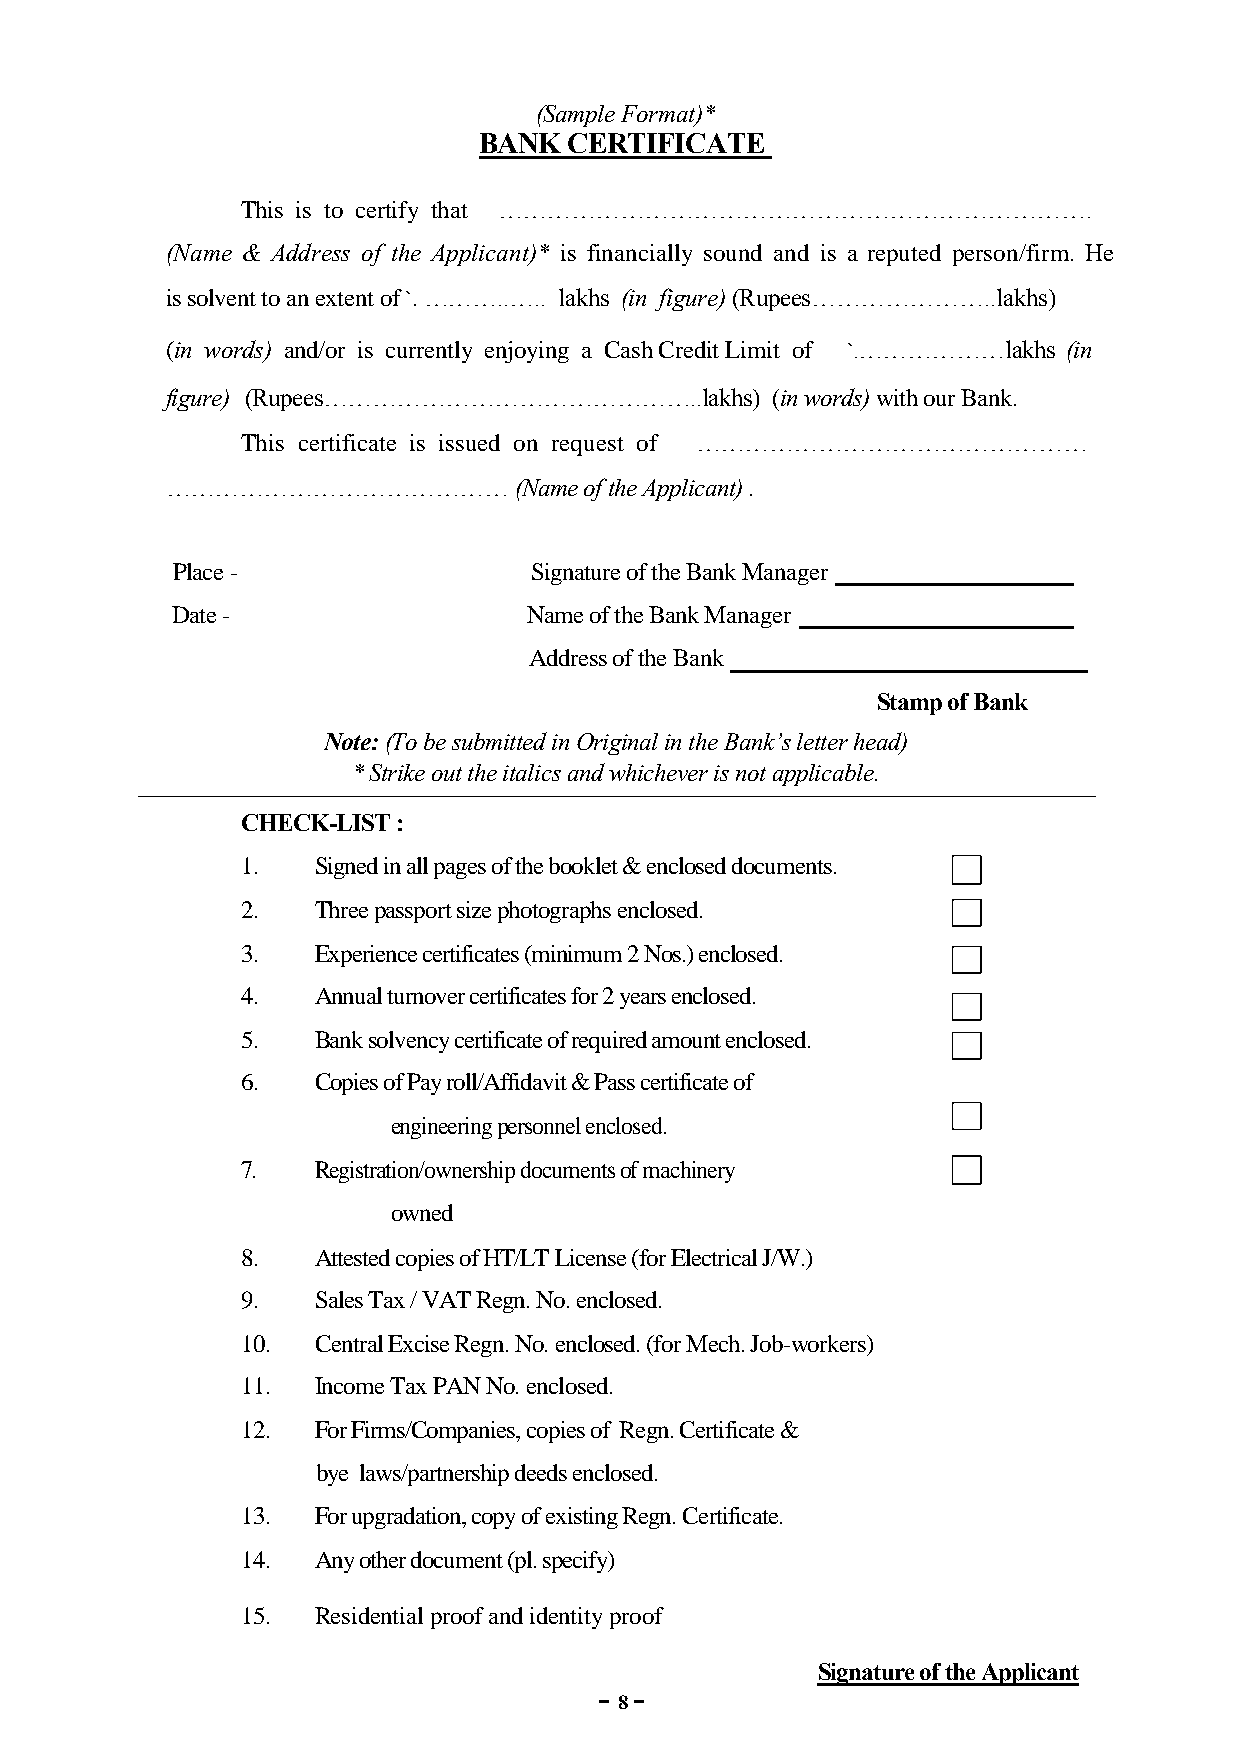
(Sample Format)*
 BANK  CERTIFICATE
 This is to certify that ……………………………………………………………….
 (Name & Address of the Applicant)* is financially sound and is a reputed person/firm. He
 is solvent to an extent of `. ………..….. lakhs (in figure) (Rupees…………………..lakhs)
 (in words) and/or is currently enjoying a Cash Credit Limit of `.………………lakhs (in
 figure) (Rupees………………………………………..lakhs)  (in words) with our Bank.
 This certificate is issued on request of …………………………………………
 ……………………………………         (Name of the Applicant) .
 Place -                 Signature of the Bank Manager
 Date -                  Name of the Bank Manager
 Address of the Bank
 Stamp of Bank
 Note: (To be submitted in Original in the Bank’s letter head)
 * Strike out the italics and whichever is not applicable.
 CHECK-LIST :
 1.   Signed in all pages of the booklet & enclosed documents.
 2.   Three passport size photographs enclosed.
 3.   Experience certificates (minimum 2 Nos.) enclosed.
 4.   Annual turnover certificates for 2 years enclosed.
 5.   Bank solvency certificate of required amount enclosed.
 6.   Copies of Pay roll/Affidavit & Pass certificate of
 engineering personnel enclosed.
 7.   Registration/ownership documents of machinery
 owned
 8.   Attested copies of HT/LT License (for Electrical J/W.)
 9.   Sales Tax / VAT Regn. No. enclosed.
 10.  Central Excise Regn. No. enclosed. (for Mech. Job-workers)
 11.  Income Tax PAN No. enclosed.
 12.  For Firms/Companies, copies of Regn. Certificate &
 bye laws/partnership deeds enclosed.
 13.  For upgradation, copy of existing Regn. Certificate.
 14.  Any other document (pl. specify)
 15.  Residential proof and identity proof
 Signature of the Applicant
 - -
 8